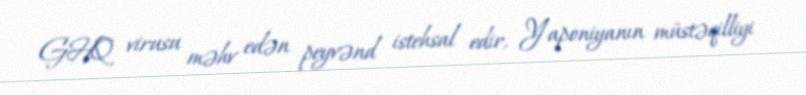
GHQ virusu məhv edən peyvənd istehsal edir, Yaponiyanın müstəqilliyi